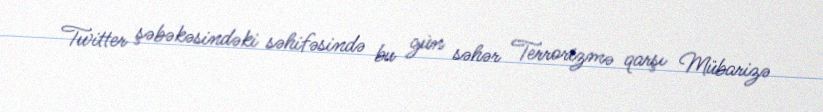
Twitter şəbəkəsindəki səhifəsində bu gün səhər Terrorizmə qarşı Mübarizə